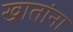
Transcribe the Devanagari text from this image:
खातांना